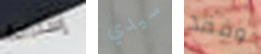
إستراحة سيدي وفقد